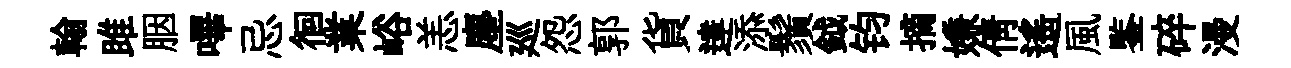
翰雎胭嗶忌徊業峪恙塵廵怨郭貨達添鬚鉞钧摘嫌倩遙風鍳碎漫